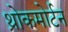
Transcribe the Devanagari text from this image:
थ्रोकमोर्टन